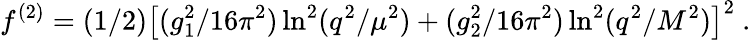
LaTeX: f^{(2)}=(1/2)\big[(g_{1}^{2}/16\pi^{2})\ln^{2}(q^{2}/\mu^{2})+(g_{2}^{2}/16\pi^{2})\ln^{2}(q^{2}/M^{2})\big]^{2}~.